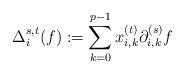
LaTeX: \begin{align*}\Delta_i^{s,t}(f) := \sum_{k=0}^{p-1} x^{(t)} _{i,k}\partial^{(s)}_{i,k}f\end{align*}